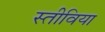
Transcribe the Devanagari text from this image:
स्तीविया